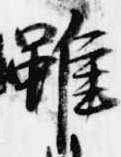
雖